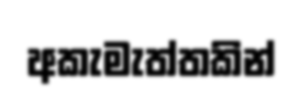
අකැමැත්තකින්